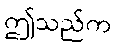
ဤသည်က